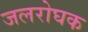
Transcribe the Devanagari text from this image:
जलरोघक